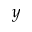
y